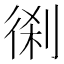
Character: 𠝨